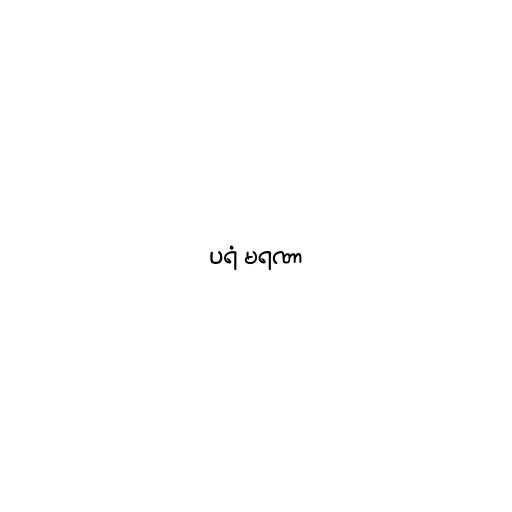
ပရံ မရဏာ